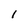
Character: l